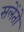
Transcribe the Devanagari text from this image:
सलेंतो